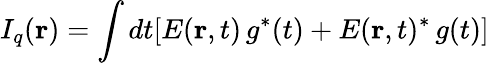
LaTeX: I_{q}(\mathbf{r})=\int dt[E(\mathbf{r},t)\, g^{*}(t)+E(\mathbf{r},t)^{*}\, g(t)]